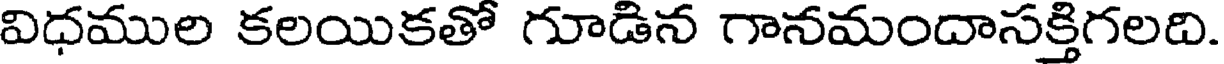
విధముల కలయికతో గూడిన గానమందాసక్తిగలది.